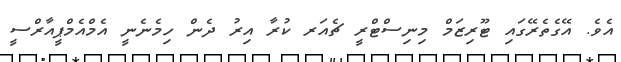
އެވެ. އޭގެތެރޭގައި ޓޫރިޒަމް މިނިސްޓްރީ ޗެއަރ ކުރާ އިރު ދެން ހިމެނެނީ އެމްއެމްޕީއާރްސީ